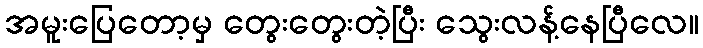
အမူးပြေတော့မှ တွေးတွေးတဲ့ပြီး သွေးလန့်နေပြီလေ။